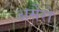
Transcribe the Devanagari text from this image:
अर्मेरो